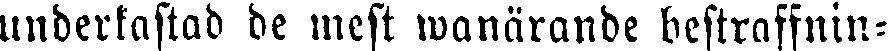
underkastad de mest wanärande bestraffnin-